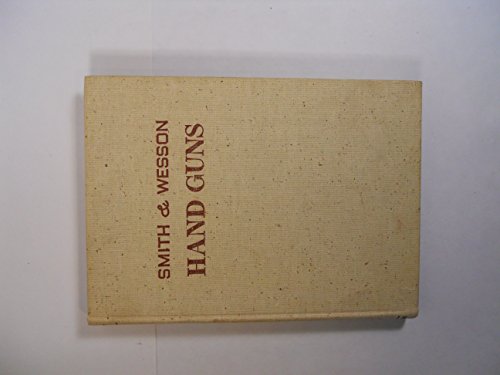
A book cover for Smith & Wesson hand guns; Roy C McHenry; Crafts, Hobbies & Home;